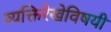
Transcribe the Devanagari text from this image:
व्यक्तिरेखेविषयी